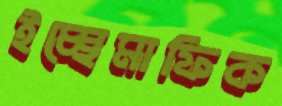
ইচ্ছেমাফিক